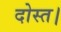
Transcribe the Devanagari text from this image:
दोस्त।